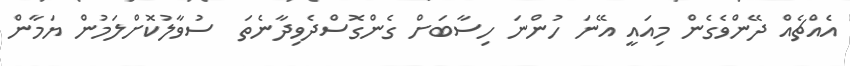
އެއްޗެއް ދޭންވެގެން މިއައީ އޭނަ ހުންނަ ހިސާބަށް ގެންގޮސްދެވިދާނެތަ  ސުވާލުކޮށްލަމުން ޔަމާން